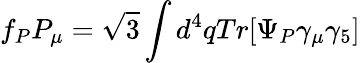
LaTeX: f_{P}P_{\mu}=\sqrt{3}\int d^{4}qTr[\Psi_{P}\gamma_{\mu}\gamma_{5}]